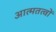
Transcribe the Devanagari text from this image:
आत्मतत्वों